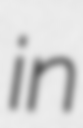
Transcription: in